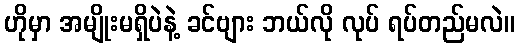
ဟိုမှာ အမျိုးမရှိပဲနဲ့ ခင်ဗျား ဘယ်လို လုပ် ရပ်တည်မလဲ။